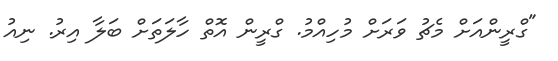
"ގްރީންއަށް މެޗު ވަރަށް މުހިއްމު. ގްރީން އޮތް ހާލަތަށް ބަލާ އިރު. ނިއު